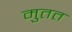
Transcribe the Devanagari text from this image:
मुतत